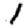
Digit: 1